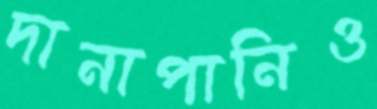
দানাপানিও